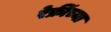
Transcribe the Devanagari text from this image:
रेफ्रींच्या